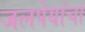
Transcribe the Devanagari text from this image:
जलपेयांचा